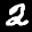
Label: 2